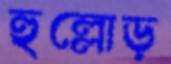
হুল্লোড়